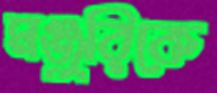
মঞ্জুরিকে